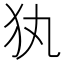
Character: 犱